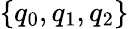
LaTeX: \{ q_{0},q_{1},q_{2}\}